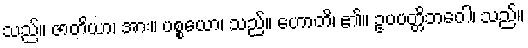
သည်။ ဇာတိယာ၊ အား။ ပစ္စယော၊ သည်။ ဟောတိ၊ ၏။ ဥပပတ္တိဘဝေါ၊ သည်။